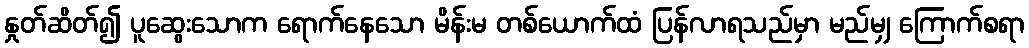
နှုတ်ဆိတ်၍ ပူဆွေးသောက ရောက်နေသော မိန်းမ တစ်ယောက်ထံ ပြန်လာရသည်မှာ မည်မျှ ကြောက်စရာ